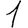
Digit: 1